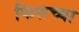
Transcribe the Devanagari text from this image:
फिशच्या